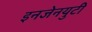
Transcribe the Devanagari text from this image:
इनजेनयुटी